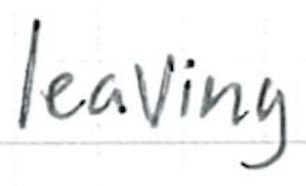
Text: leaving
Cross-out: clean
Writing tool: ballpoint